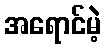
အရောင်မဲ့